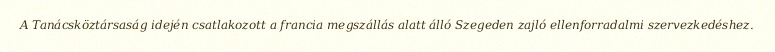
A Tanácsköztársaság idején csatlakozott a francia megszállás alatt álló Szegeden zajló ellenforradalmi szervezkedéshez.